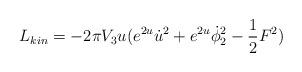
LaTeX: \begin{align*}L_{kin}= -2\pi V_{3}u(e^{2u}{\dot{u}}^{2}+e^{2u}\dot{\phi}_{2}^{2}- {1\over2}F^2)\end{align*}